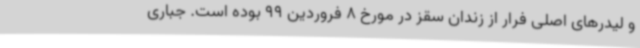
و لیدرهای اصلی فرار از زندان سقز در مورخ 8 فروردین 99 بوده است. جباری